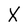
Character: X